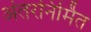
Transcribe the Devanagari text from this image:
अंतरनिर्मित